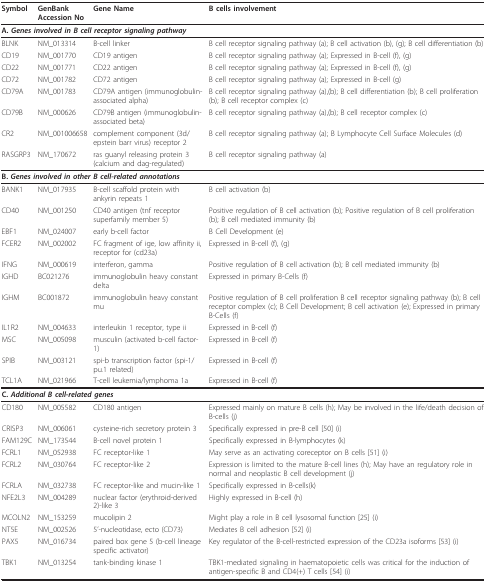
<table><thead><tr><td><b>Symbol</b></td><td><b>GenBank Accession No</b></td><td><b>Gene Name</b></td><td><b>B cells involvement</b></td></tr></thead><tbody><tr><td colspan="3"><b>A. <i>Genes involved in B cell receptor signaling pathway </i></b></td><td></td></tr><tr><td>BLNK</td><td>NM_013314</td><td>B-cell linker</td><td>B cell receptor signaling pathway (a); B cell activation (b), (g); B cell differentiation (b)</td></tr><tr><td>CD19</td><td>NM_001770</td><td>CD19 antigen</td><td>B cell receptor signaling pathway (a); Expressed in B-cell (f), (g)</td></tr><tr><td>CD22</td><td>NM_001771</td><td>CD22 antigen</td><td>B cell receptor signaling pathway (a); Expressed in B-cell (f), (g)</td></tr><tr><td>CD72</td><td>NM_001782</td><td>CD72 antigen</td><td>B cell receptor signaling pathway (a); Expressed in B-cell (g)</td></tr><tr><td>CD79A</td><td>NM_001783</td><td>CD79A antigen (immunoglobulin-associated alpha)</td><td>B cell receptor signaling pathway (a),(b); B cell differentiation (b); B cell proliferation (b); B cell receptor complex (c)</td></tr><tr><td>CD79B</td><td>NM_000626</td><td>CD79B antigen (immunoglobulin-associated beta)</td><td>B cell receptor signaling pathway (a),(b); B cell receptor complex (c)</td></tr><tr><td>CR2</td><td>NM_001006658</td><td>complement component (3d/epstein barr virus) receptor 2</td><td>B cell receptor signaling pathway (a); B Lymphocyte Cell Surface Molecules (d)</td></tr><tr><td>RASGRP3</td><td>NM_170672</td><td>ras guanyl releasing protein 3 (calcium and dag-regulated)</td><td>B cell receptor signaling pathway (a)</td></tr><tr><td colspan="3"><b>B. <i>Genes involved in other B cell-related annotations</i></b></td><td></td></tr><tr><td>BANK1</td><td>NM_017935</td><td>B-cell scaffold protein with ankyrin repeats 1</td><td>B cell activation (b)</td></tr><tr><td>CD40</td><td>NM_001250</td><td>CD40 antigen (tnf receptor superfamily member 5)</td><td>Positive regulation of B cell activation (b); Positive regulation of B cell proliferation (b); B cell mediated immunity (b)</td></tr><tr><td>EBF1</td><td>NM_024007</td><td>early b-cell factor</td><td>B Cell Development (e)</td></tr><tr><td>FCER2</td><td>NM_002002</td><td>FC fragment of ige, low affinity ii, receptor for (cd23a)</td><td>Expressed in B-cell (f), (g)</td></tr><tr><td>IFNG</td><td>NM_000619</td><td>interferon, gamma</td><td>Positive regulation of B cell activation (b); B cell mediated immunity (b)</td></tr><tr><td>IGHD</td><td>BC021276</td><td>immunoglobulin heavy constant delta</td><td>Expressed in primary B-Cells (f)</td></tr><tr><td>IGHM</td><td>BC001872</td><td>immunoglobulin heavy constant mu</td><td>Positive regulation of B cell proliferation B cell receptor signaling pathway (b); B cell receptor complex (c); B Cell Development; B cell activation (e); Expressed in primary B-Cells (f)</td></tr><tr><td>IL1R2</td><td>NM_004633</td><td>interleukin 1 receptor, type ii</td><td>Expressed in B-cell (f)</td></tr><tr><td>MSC</td><td>NM_005098</td><td>musculin (activated b-cell factor-1)</td><td>Expressed in B-cell (f)</td></tr><tr><td>SPIB</td><td>NM_003121</td><td>spi-b transcription factor (spi-1/pu.1 related)</td><td>Expressed in B-cell (f)</td></tr><tr><td>TCL1A</td><td>NM_021966</td><td>T-cell leukemia/lymphoma 1a</td><td>Expressed in B-cell (f)</td></tr><tr><td colspan="3"><b>C. <i>Additional B cell-related genes</i></b></td><td></td></tr><tr><td>CD180</td><td>NM_005582</td><td>CD180 antigen</td><td>Expressed mainly on mature B cells (h); May be involved in the life/death decision of B-cells (j)</td></tr><tr><td>CRISP3</td><td>NM_006061</td><td>cysteine-rich secretory protein 3</td><td>Specifically expressed in pre-B cell [50] (i)</td></tr><tr><td>FAM129C</td><td>NM_173544</td><td>B-cell novel protein 1</td><td>Specifically expressed in B-lymphocytes (k)</td></tr><tr><td>FCRL1</td><td>NM_052938</td><td>FC receptor-like 1</td><td>May serve as an activating coreceptor on B cells [51] (i)</td></tr><tr><td>FCRL2</td><td>NM_030764</td><td>FC receptor-like 2</td><td>Expression is limited to the mature B-cell lines (h); May have an regulatory role in normal and neoplastic B cell development (j)</td></tr><tr><td>FCRLA</td><td>NM_032738</td><td>FC receptor-like and mucin-like 1</td><td>Specifically expressed in B-cells(k)</td></tr><tr><td>NFE2L3</td><td>NM_004289</td><td>nuclear factor (erythroid-derived 2)-like 3</td><td>Highly expressed in B-cell (h)</td></tr><tr><td>MCOLN2</td><td>NM_153259</td><td>mucolipin 2</td><td>Might play a role in B cell lysosomal function [25] (i)</td></tr><tr><td>NT5E</td><td>NM_002526</td><td>5&#x27;-nucleotidase, ecto (CD73)</td><td>Mediates B cell adhesion [52] (i)</td></tr><tr><td>PAX5</td><td>NM_016734</td><td>paired box gene 5 (b-cell lineage specific activator)</td><td>Key regulator of the B-cell-restricted expression of the CD23a isoforms [53] (i)</td></tr><tr><td>TBK1</td><td>NM_013254</td><td>tank-binding kinase 1</td><td>TBK1-mediated signaling in haematopoietic cells was critical for the induction of antigen-specific B and CD4(+) T cells [54] (i)</td></tr></tbody></table>